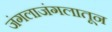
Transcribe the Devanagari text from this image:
जंगलाजंगलातून